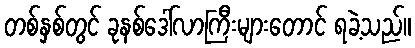
တစ်နှစ်တွင် ခုနစ်ဒေါ်လာကြီးများတောင် ရခဲ့သည်။